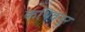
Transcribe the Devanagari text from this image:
कथिवंनुर